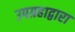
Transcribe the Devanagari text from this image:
उपग्रहाद्वारा